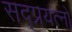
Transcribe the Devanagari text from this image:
सद्प्रयत्नों